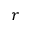
r